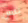
بنس